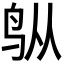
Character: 𬷿